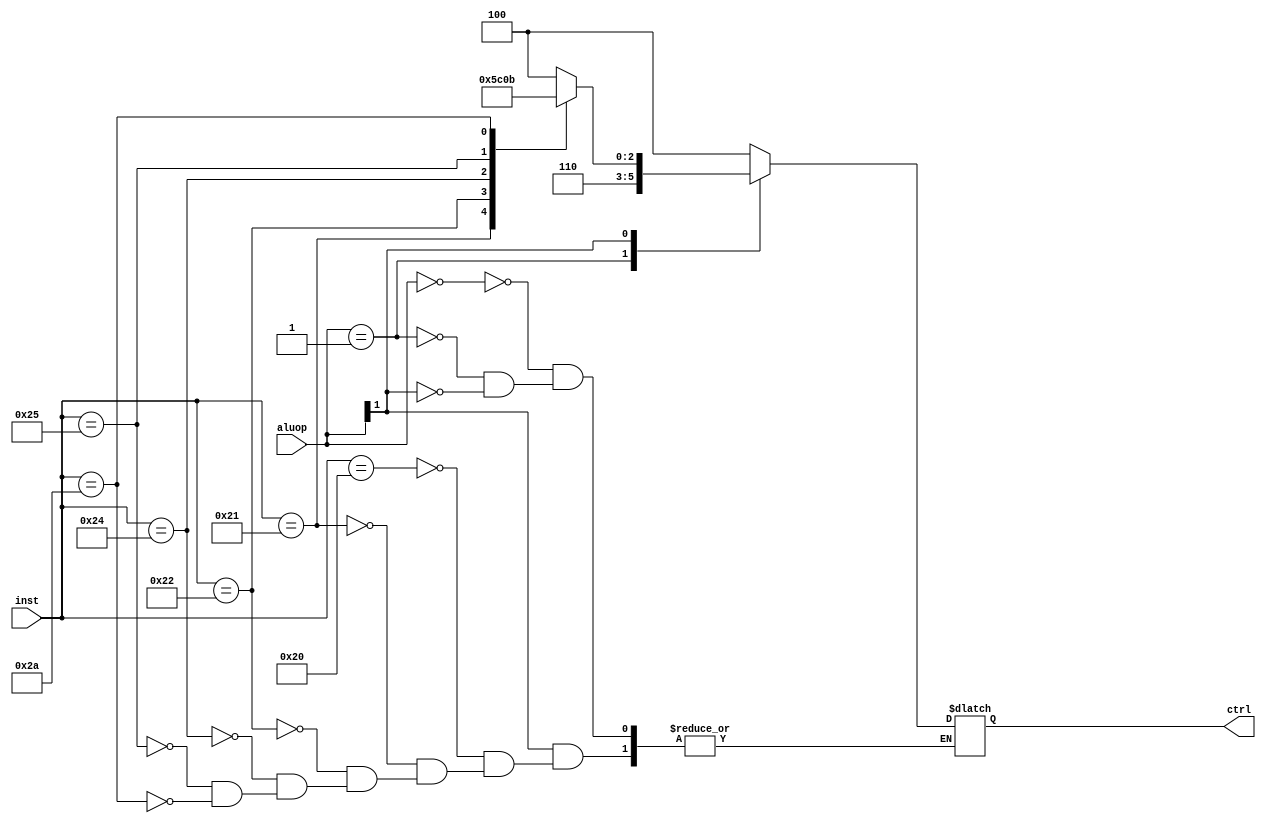
module ALUCU(inst,aluop,ctrl);
	input[5:0] inst;
	input[1:0] aluop;
	output reg[3-1:0] ctrl;
    always @(inst or aluop) begin
        casex(aluop) 
            2'b00: ctrl <= 100;
            2'b01: ctrl <= 110;
            2'b1x: begin
                case (inst)
                    6'b100000: ctrl <= 100;//add
                    6'b100001: ctrl <= 101;//addu
                    6'b100010: ctrl <= 110;//sub
                    6'b100100: ctrl <= 000;//and
                    6'b100101: ctrl <= 001;//or
                    6'b101010: ctrl <= 011;//slt
                endcase
            end
        endcase
    end
endmodule